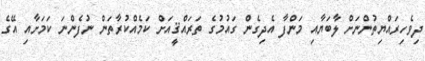
ދިވެހިރައްޔިތުންނަށް ލާބަޔާއި މަންފާ އެދިގެން ގައުމުގެ ތަރައްޤީއަށް ކަމެއްކުރާތަން ނުފެންނަ ކަމަށާއި އޭގެ